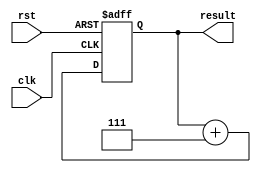
module for_loop (
    input wire clk,
    input wire rst,
    output reg [7:0] result
);

reg [7:0] i;

always @(posedge clk or posedge rst) begin
    if (rst) begin
        result <= 0;
    end else begin
        for (i = 0; i < 8; i = i + 1) begin
            result <= result + i;
        end
    end
end

endmodule